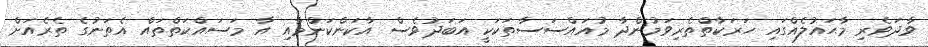
ވާދަވެރި މާޙައުލެއްގައި ހަރަކާތްތެރިވަމުންދާ މުއައްސަސާތަކަކީ އަބަދުވެސް އާކަންކަންމާއި އާ މަސައްކަތްތައް އެތަނުގެ ތެރެއަށް